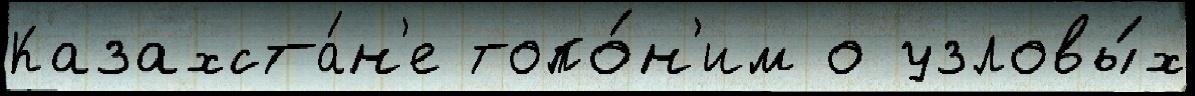
Казахста́н'е топо́н'им о узловы́х